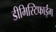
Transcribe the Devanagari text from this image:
डीमिस्टिफाईंग